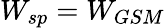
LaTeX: W_{sp}=W_{GSM}